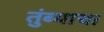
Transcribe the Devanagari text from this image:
तुंब्याचा